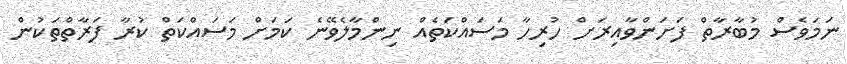
ނަމަވެސް މުބާރާތް ފަށަންވާއިރަށް ހުރިހާ މަސައްކަތެއް ނިންމާލެވޭނެ ކަމަށް މަސައްކަތް ކުރާ ފަރާތްތަކުން